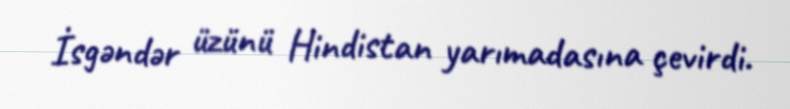
İsgəndər üzünü Hindistan yarımadasına çevirdi.